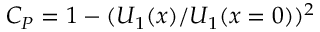
C _ { P } = 1 - ( U _ { 1 } ( x ) / U _ { 1 } ( { x } = 0 ) ) ^ { 2 }